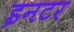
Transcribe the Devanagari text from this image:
इनटर